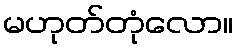
မဟုတ်တုံလော။